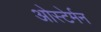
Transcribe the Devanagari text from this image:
ओस्टेर्मन